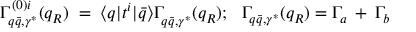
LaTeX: \Gamma _ { q \bar { q } , \gamma ^ { * } } ^ { ( 0 ) i } ( q _ { R } ) \; = \; \langle q | t ^ { i } | \bar { q } \rangle \Gamma _ { q \bar { q } , \gamma ^ { * } } ^ { } ( q _ { R } ) ; \: \: \: \Gamma _ { q \bar { q } , \gamma ^ { * } } ( q _ { R } ) = \Gamma _ { a } \: + \: \Gamma _ { b }